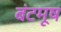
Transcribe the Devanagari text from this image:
बंटमूष